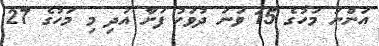
އަންނަ މަހުގެ 15 ވަނަ ދުވަހު ފަށާ އަދި މި މަހުގެ 27